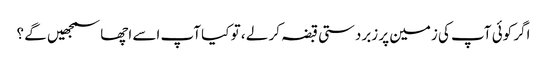
اگر کوئی آپ کی زمین پر زبردستی قبضہ کر لے ، تو کیا آپ اسے اچھا سمجھیں گے ؟